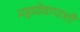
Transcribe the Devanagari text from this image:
महादेवापाशी